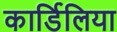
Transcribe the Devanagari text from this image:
कार्डिलिया